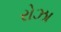
રોઝા